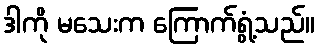
ဒါကို မသေးက ကြောက်ရွံ့သည်။